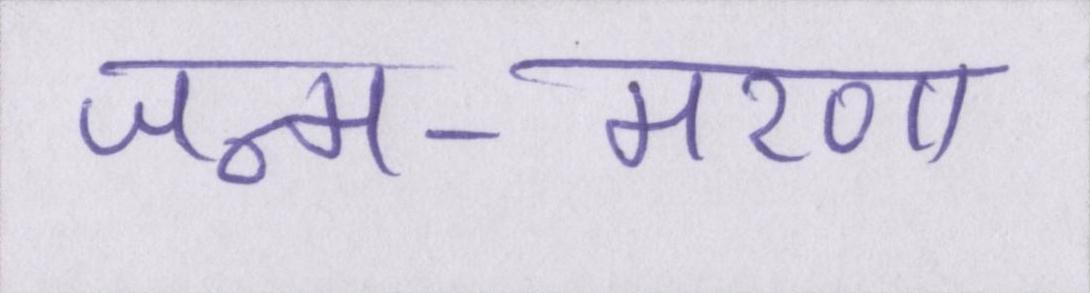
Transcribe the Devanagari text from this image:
जन्म-मरण